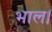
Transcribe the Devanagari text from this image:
भाल।